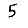
Digit: 5